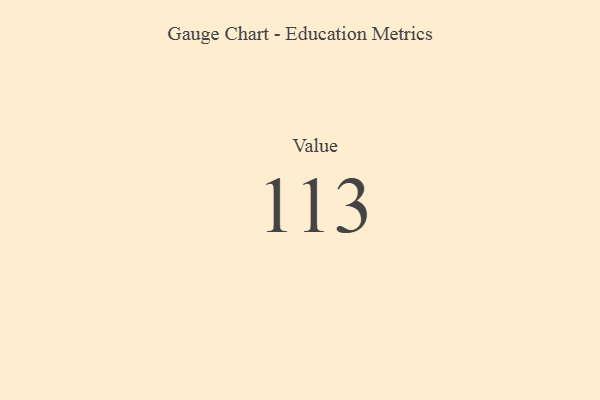
{"axis": {"x": "Metric", "y": "Value"}, "legend": [""], "data": [{"x": "Value", "y": 113, "type": ""}]}